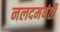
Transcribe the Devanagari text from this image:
नलदमयंती